Annual report of the Punjab Veterinary College and of the Civil Veterinary Department, Punjab - 1926-1932
Year: 1926
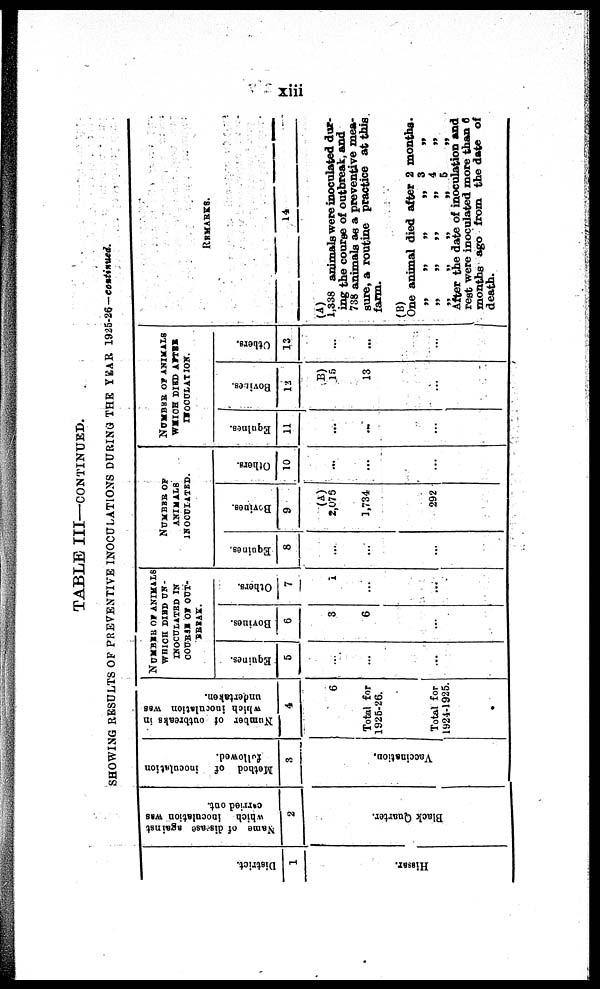
xiii
TABLE III—CONTINUED.
SHOWING RESULTS OF PREVENTIVE INOCULATIONS DURING THE YEAR 1925-26-continued.
District.
1
Hissar.
Name of disease against
which inoculation was
carried out.
2
Black Quarter.
Method of
inoculation
followed.
3
Vaccination.
Number of outbreaks in
which inoculation was
undertaken.
4
6
Total for
1926-26.
Total for
1924-1925.
NUMBER OF ANIMALS
WHICH DIED UN¬
INOCULATED IN
COURSE OF OUT¬
BREAK.
Equines.
5
...
...
...
Bovines.
6
3
6
...
Others.
7
1
...
...
NUMBER OF
ANIMALS
INOCUIATED.
Equities.
8
...
...
...
Bovines.
9
(A)
2,075
1,734
292
Others.
10
...
...
...
NUMBER OF ANIMALS
WHICH DIED AFTER
INOCULATION.
Equines.
11
...
...
...
Bovines.
12
(B)
15
13
...
Others.
13
...
...
...
REMARKS.
14
(A)
1,338 animals were inoculated dur-
ing the course of outbreak, and
738 animals as a preventive mea-
sure, a routine practice at this
farm.
(B)
One animal died after 2 months.
„ „ „ „ 3 „
„ „ „ „ 4 „
„ „ „ „ 5 „
After the date of inoculation and
rest were inoculated more than 6
months ago from the date of
death.